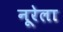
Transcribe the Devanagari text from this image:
नूरेला